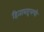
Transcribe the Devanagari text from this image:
हिताबद्दलची